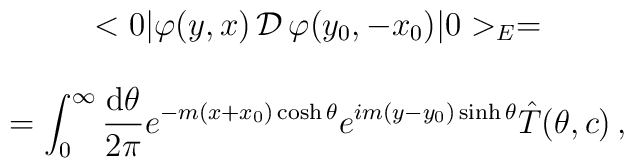
\begin{array}{c}<0|\varphi(y,x)\,{\cal{D}}\,\varphi(y_0,-x_0)|0>_E= \\\\\begin{displaystyle}=\int_0^{\infty}\frac{\mbox{d}\theta}{2\pi}e^{-m(x+x_0)\cosh\theta}e^{im(y-y_0)\sinh\theta}\hat{T}(\theta,c)\, ,\end{displaystyle}\end{array}